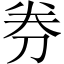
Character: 券